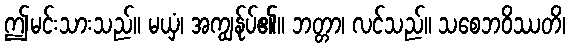
ဤမင်းသားသည်။ မယှံ၊ အကျွန်ုပ်၏။ ဘတ္တာ၊ လင်သည်။ သစေဘဝိဿတိ၊